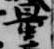
量